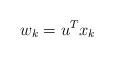
LaTeX: \begin{align*}w_{k}=u^{T}x_{k} \end{align*}